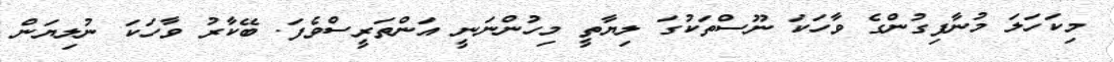
މިކަހަލަ މުނާފިގުންގެ ވާހަކަ ނޫސްތަކުގަ ލިޔާތީ މިހުންނަނީ އަންތަރީސްވެފަ. ބޭކާރު ވާހަކަ ނުލިޔަން